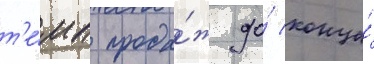
т'е́мп прода́ж до́ конца́